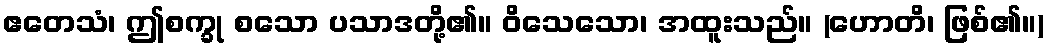
ဧတေသံ၊ ဤစက္ခု စသော ပသာဒတို့၏။ ဝိသေသော၊ အထူးသည်။ (ဟောတိ၊ ဖြစ်၏။)